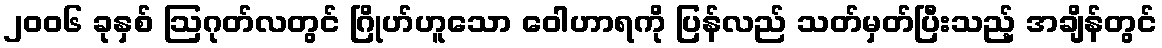
၂၀၀၆ ခုနှစ် ဩဂုတ်လတွင် ဂြိုဟ်ဟူသော ဝေါဟာရကို ပြန်လည် သတ်မှတ်ပြီးသည့် အချိန်တွင်